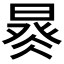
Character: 𣈩